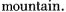
mountain.